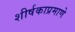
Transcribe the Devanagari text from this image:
शीर्षकाप्रमाणे